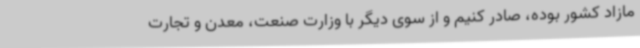
مازاد کشور بوده، صادر کنیم و از سوی دیگر با وزارت صنعت، معدن و تجارت